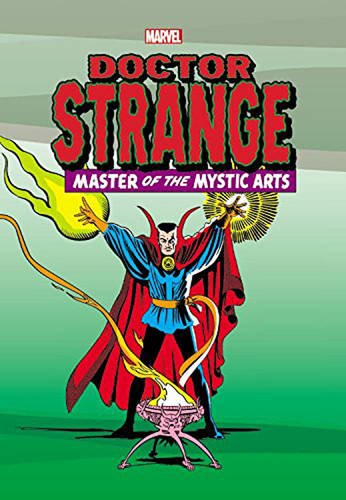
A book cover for Marvel Masterworks: Doctor Strange Volume 1 (New Printing); Stan Lee; Comics & Graphic Novels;